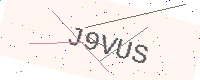
Text: J9VUS